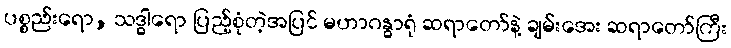
ပစ္စည်းရော, သဒ္ဓါရော ပြည့်စုံတဲ့အပြင် မဟာဂန္ဓာရုံ ဆရာတော်နဲ့ ချမ်းအေး ဆရာတော်ကြီး